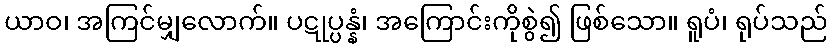
ယာဝ၊ အကြင်မျှလောက်။ ပဋုပ္ပန္နံ၊ အကြောင်းကိုစွဲ၍ ဖြစ်သော။ ရူပံ၊ ရုပ်သည်